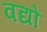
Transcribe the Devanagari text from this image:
वद्यों